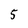
Character: 5